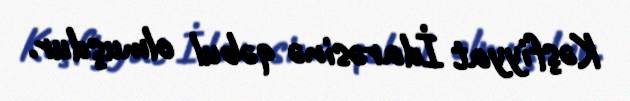
Kəşfiyyat İdarəsinə qəbul olmuşdur.